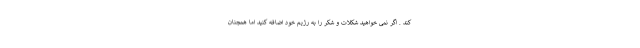
کند . اگر نمی خواهید شکلات و شکر را به رژیم خود اضافه کنید اما همچنان